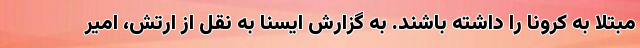
مبتلا به کرونا را داشته باشند. به گزارش ایسنا به نقل از ارتش، امیر